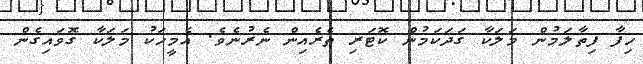
ހިފާ ފިތާލަމުން މަލަކާ ގަދަކަމުން ކޮޓަރި ތެރެއިން ނެރުނެވެ. އެމީހަކު މަލަކާ ގޮވައިގެން